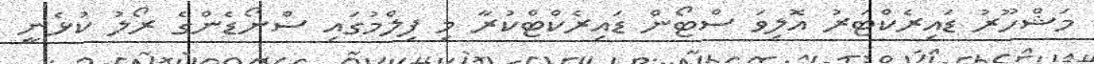
މަޝްހޫރު ޑައިރެކްޓަރު އޮލިވަ ސްޓޯން ޑައިރެކްޓްކުރާ މި ފިލްމުގައި ސްނޯޑެންގެ ރޯލު ކުޅެނީ